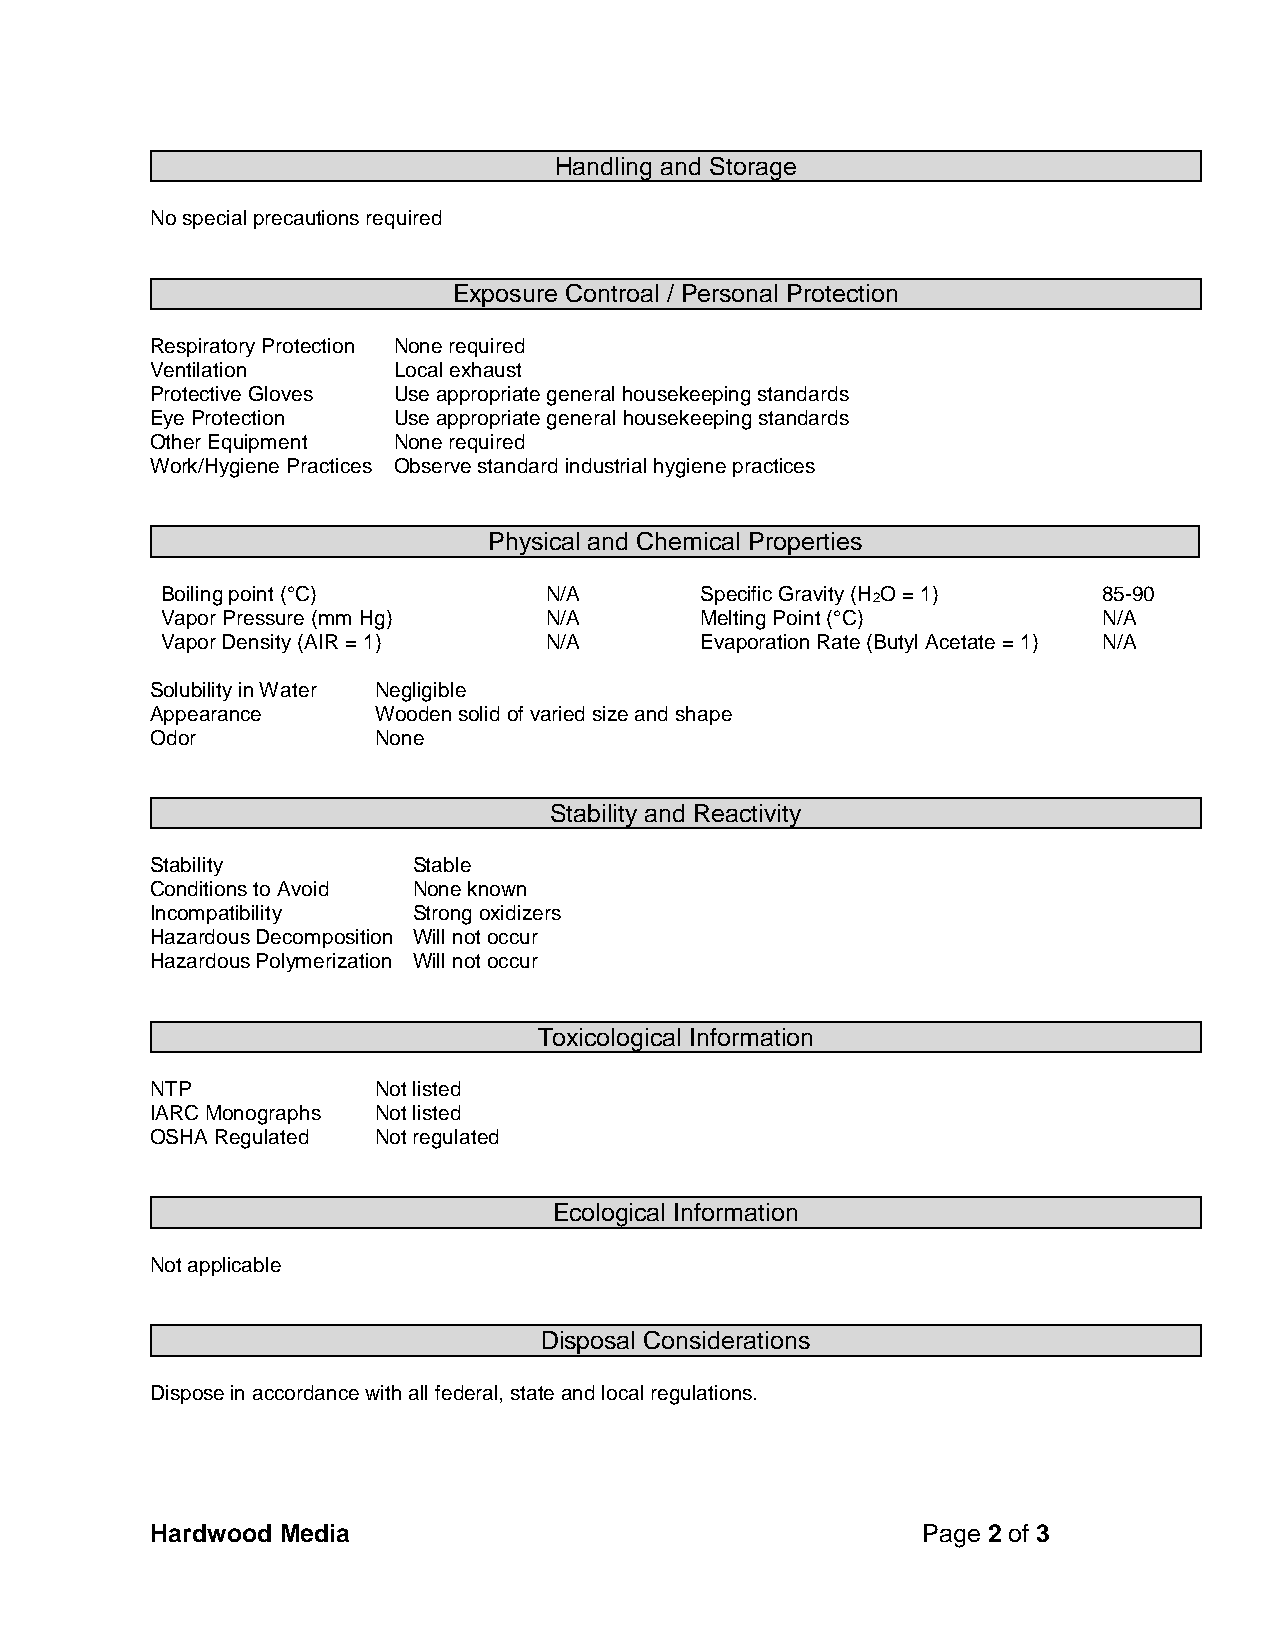
Handling and Storage
 No special precautions required
 Exposure Controal / Personal Protection
 Respiratory Protection None required
 Ventilation     Local exhaust
 Protective Gloves Use appropriate general housekeeping standards
 Eye Protection  Use appropriate general housekeeping standards
 Other Equipment None required
 Work/Hygiene Practices Observe standard industrial hygiene practices
 Physical and Chemical Properties
 Boiling point (°C)       N/A       Specific Gravity (H O = 1) 85-90
 2
 Vapor Pressure (mm Hg)   N/A       Melting Point (°C)         N/A
 Vapor Density (AIR = 1)  N/A       Evaporation Rate (Butyl Acetate = 1) N/A
 Solubility in Water Negligible
 Appearance     Wooden solid of varied size and shape
 Odor           None
 Stability and Reactivity
 Stability        Stable
 Conditions to Avoid None known
 Incompatibility  Strong oxidizers
 Hazardous Decomposition Will not occur
 Hazardous Polymerization Will not occur
 Toxicological Information
 NTP            Not listed
 IARC Monographs Not listed
 OSHA Regulated Not regulated
 Ecological Information
 Not applicable
 Disposal Considerations
 Dispose in accordance with all federal, state and local regulations.
 Hardwood Media                                     Page 2 of 3